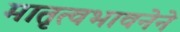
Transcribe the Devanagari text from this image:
मातृत्वभावनेने